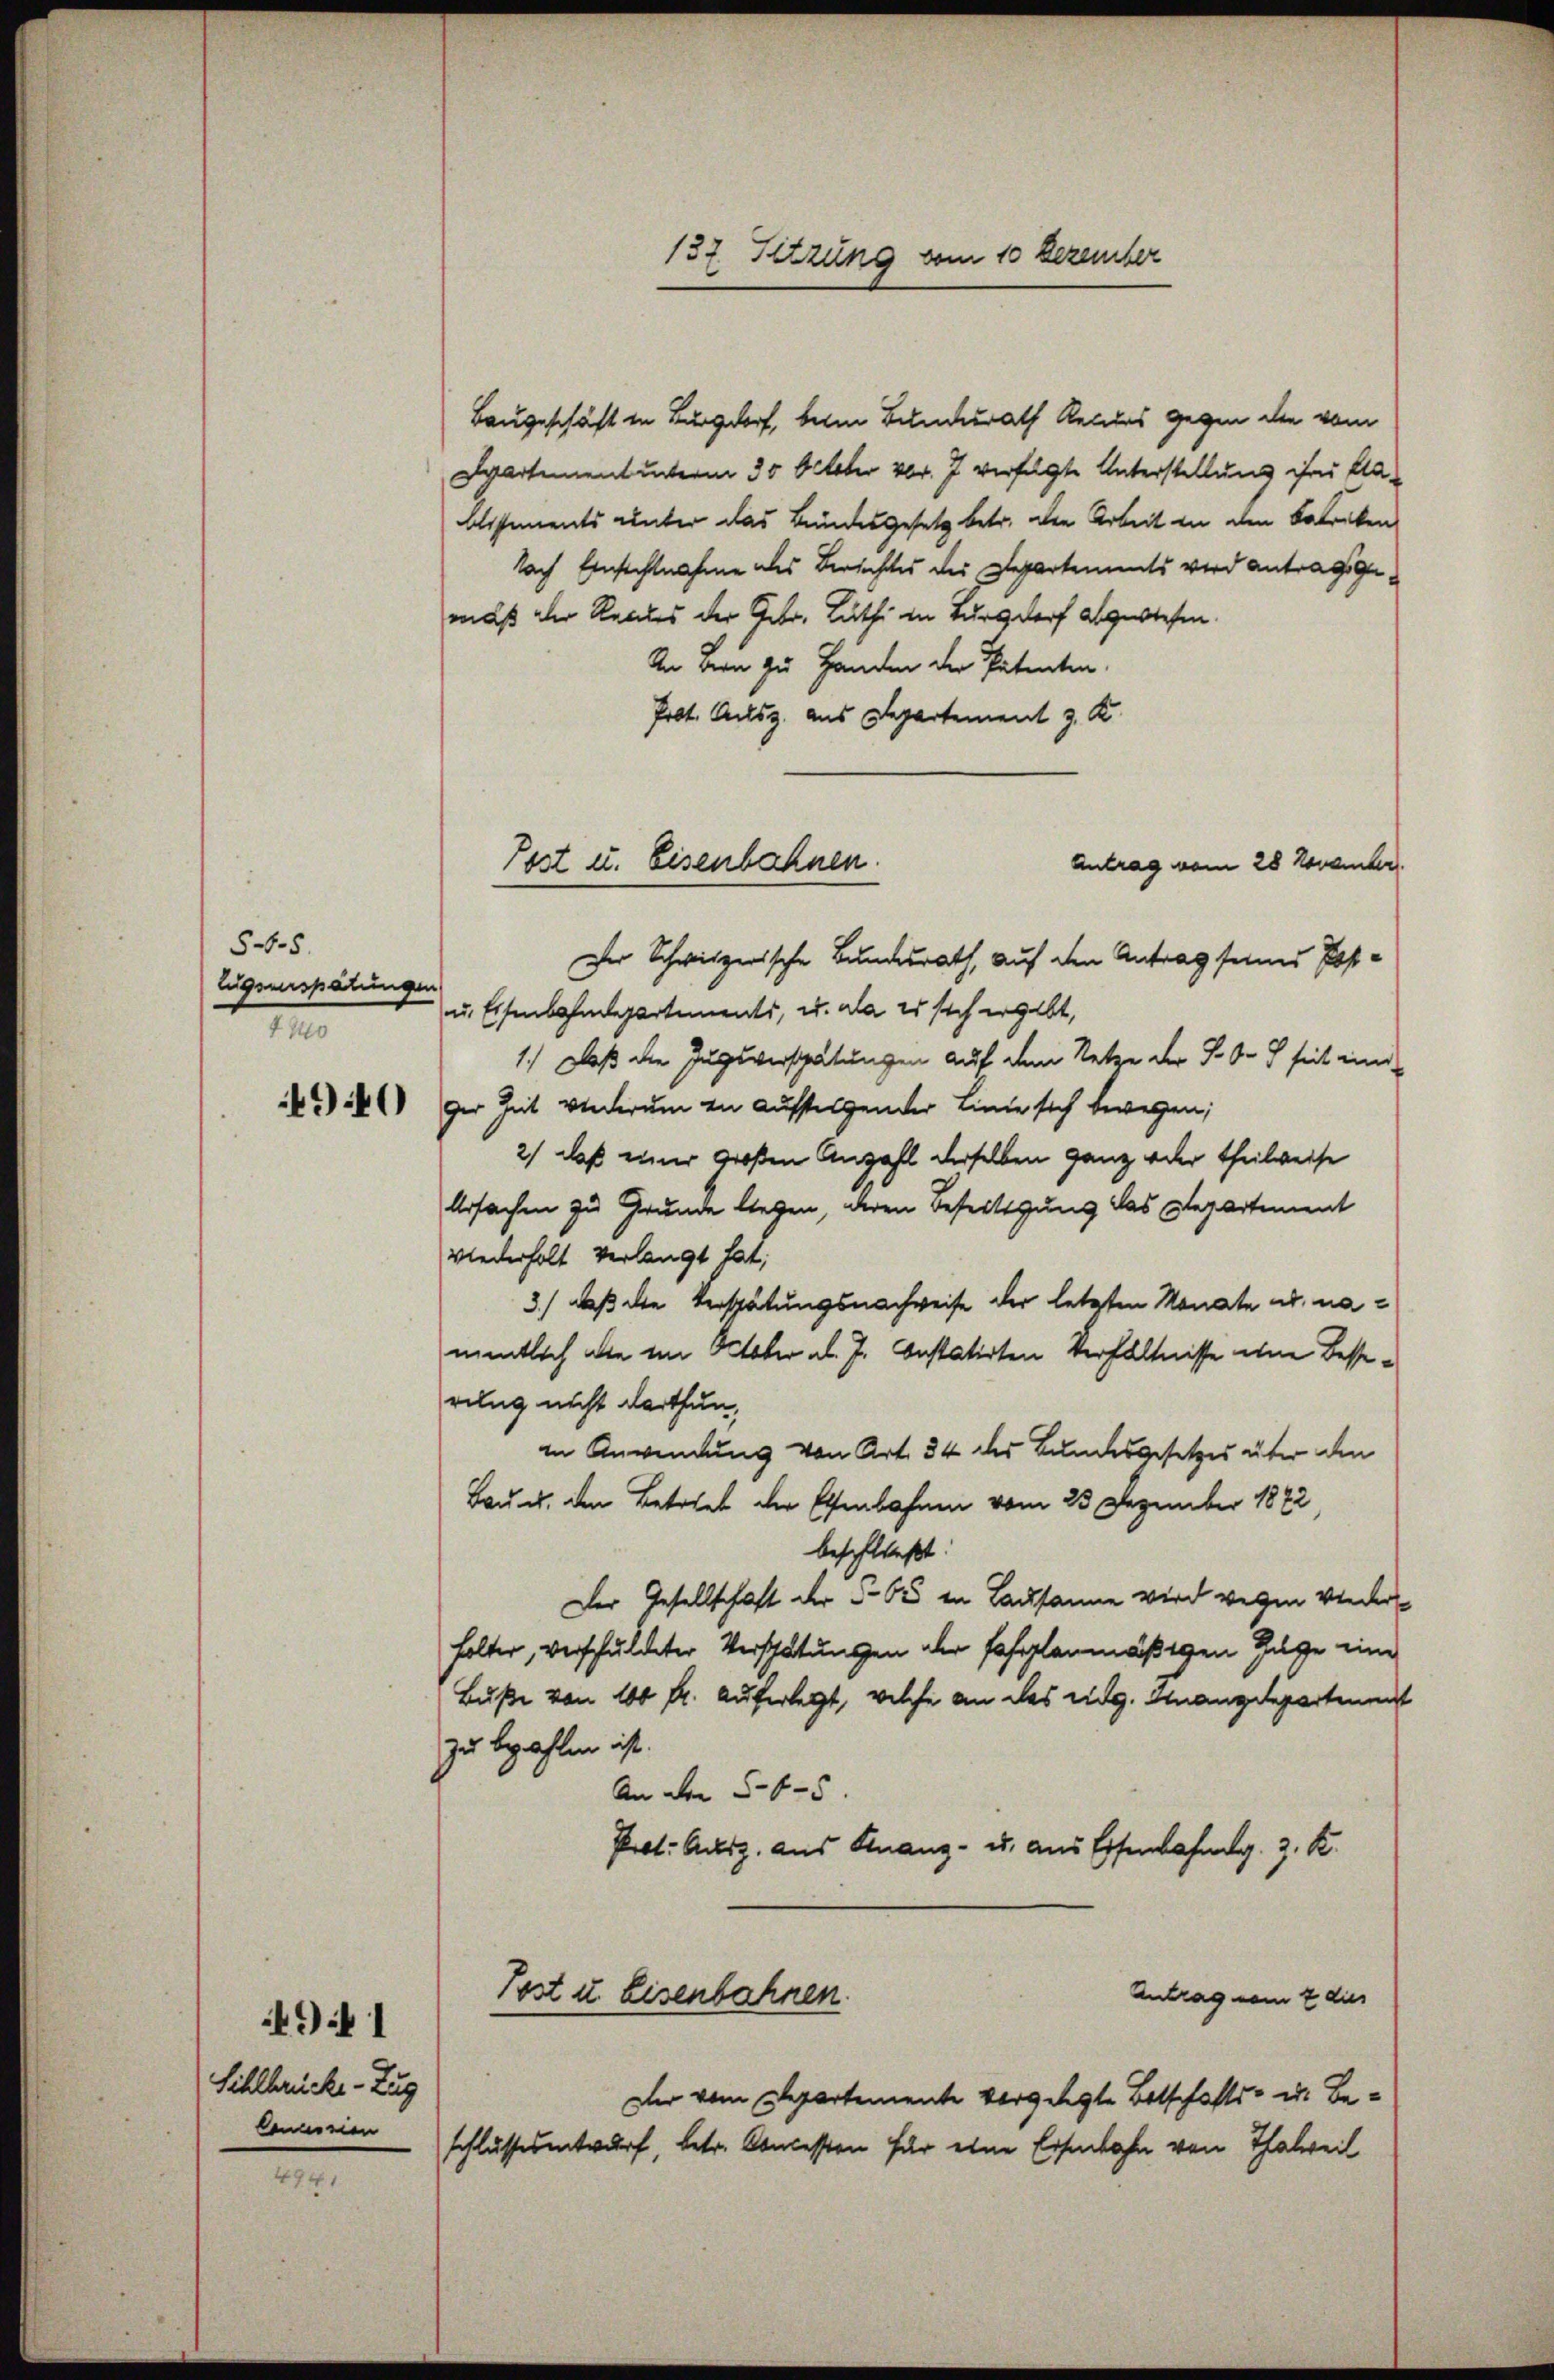
5.5.
Eugenspätungen
410

4940

Sihlbrücke - Zug
bemerien

N 1

4941

Baugeschäft in Burgdorf, beim Bundesrath Recurs gegen die vom
Spartementunterm 30 October 101. 7 verfügte Unterstellung ihrer Kla-
blissements unter das Bundesgesetz betr. die Arbeit in den Fabriken
Nach Einsichtnahme des Berichtes des Departements wird antragsgemuß der Reccles der Gebr. Luthe in Burgdorf abgewiesen.
An vern zu Handen der Patenten.
Prot. Alsz aus Departement z. K
Antrag vom 28 November.
Der Schwitzerische Bundesrath, auf den Antrag seiner Post¬
u. Eisenbahndepartements, u. da es sich ergibt,
1.) Daß die Zugsverspätungen auf dem Netze der J. so seit eine
ger Zeit wiederum zu auffolgender Linie sich bewegen;
2) daß einer großen Anzahl derselben ganz oder Theilweise
Ursachen zu Grunde liegen, deren Beseitigung das Departement
wiederholt verlangt hat;
3.) daß die Verspätungsnachweise der letzten Monate ad namentlich alle im October ab. J. Instatirten Verhältnisse eine Besserung nicht darthun,
in Anwendung von Art. 34 des Bundesgesetzes über den
Baues, den Betrieb der Essenbahnen vom 23 Dezember 1872
beschließt:
Der Gesellschaft der § 65 in Lausanne wird wegen wiederhalter, verschuldeter Verschätungen der fahrplanmäßigen Gage eine
Buße von 100 fr. auferlegt, welche an das eidg. Finanzdepartement
zu bezahlen ist.
An den 545.
Prot. Ausz. aus Finanz- u. aus Essenbahmlg. 3. K.
Tost u. Eisenbahnen.
Antrag vom 2 dies
Der vom Departemente vorgelegte Botschafts- u. Beschlussesentwurf, betr. Concession für eine Eisenbahn von Thalweil

Post u. Eisenbahnen

137. Setzung vom 10 Dezember